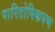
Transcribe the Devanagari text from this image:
पारितोषिकपण